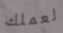
لعملك